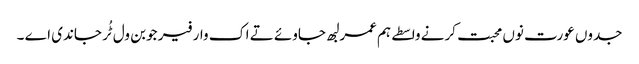
جدوں عورت نوں محبت کرنے واسطے ہم عمر لبھ جاوئے تے اک وار فیر جوبن ول ٹُر جاندی اے ۔